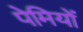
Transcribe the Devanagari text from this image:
पेमियों